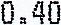
0.40